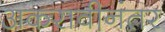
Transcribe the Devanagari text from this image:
अकरावीनंतर